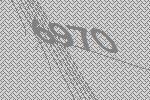
6970